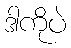
ဒါကိုပဲ